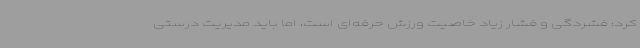
کرد: فشردگی و فشار زیاد خاصیت ورزش حرفه‌ای است، اما باید مدیریت درستی